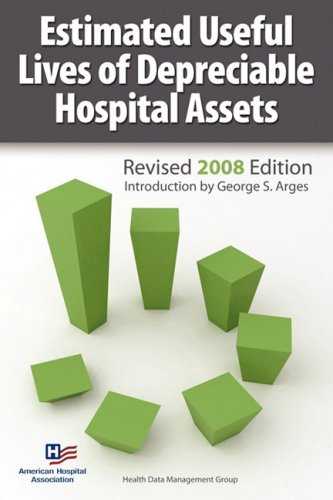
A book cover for Estimated Useful Lives of Depreciable Hospital Assets Revised 2008 Edition; AHA Health Data Management Group; Medical Books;